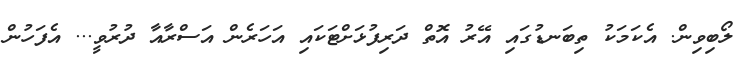
ލޯބިވިން. އެކަމަކު ތިބަނޑުގައި އޭރު އޮތް ދަރިފުޅަށްޓަކައި އަހަރެން އަސްރާއާ ދުރުވީ... އެފަހުން